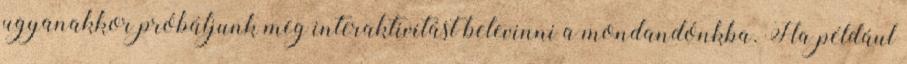
ugyanakkor próbáljunk meg interaktivitást belevinni a mondandónkba. Ha például